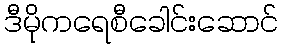
ဒီမိုကရေစီခေါင်းဆောင်